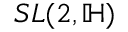
S L ( 2 , \mathbb { H } )